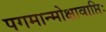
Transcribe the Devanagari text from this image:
पगमान्मोक्षावाप्तिः